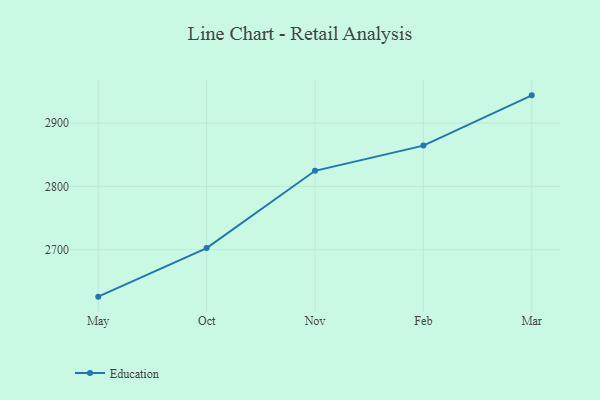
{"axis": {"x": "Month", "y": "Waste Production (Tons)"}, "legend": ["Education"], "data": [{"x": "May", "y": 2625.9, "type": "Education"}, {"x": "Oct", "y": 2702.5, "type": "Education"}, {"x": "Nov", "y": 2824.5, "type": "Education"}, {"x": "Feb", "y": 2864.3, "type": "Education"}, {"x": "Mar", "y": 2943.6, "type": "Education"}]}